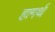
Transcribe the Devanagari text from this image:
हागर्थ